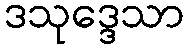
ဒသုဒ္ဒေသာ